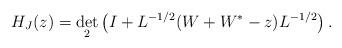
LaTeX: \begin{align*}H_{J}(z)=\det_{2}\left(I+L^{-1/2}(W+W^{*}-z)L^{-1/2}\right).\end{align*}